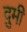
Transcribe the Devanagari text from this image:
दुमी